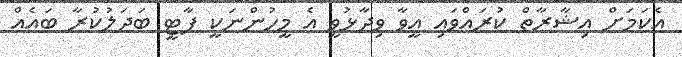
އެކަމަށް އިޝާރާތް ކުރައްވައި އީވާ ވިދާޅުވީ އެ މީހުންނަކީ ޕާޓީ ބަދަލުކުރާ ބައެއް